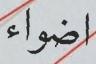
اضواء